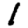
Digit: 1